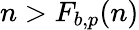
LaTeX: n>F_{b,p}(n)